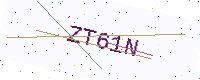
Text: ZT61N